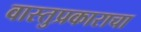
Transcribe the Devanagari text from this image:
वास्तुप्रकाराचा